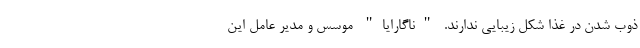
ذوب شدن در غذا شکل زیبایی ندارند. "ناگارایا" موسس و مدیر عامل این